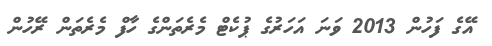
އޭގެ ފަހުން 2013 ވަނަ އަހަރުގެ ޕުކެޓް މެރެތަންގެ ހާފް މެރެތަން ރޭހުން